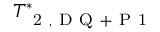
T _ { \mathrm { ~ 2 ~ , ~ D ~ Q ~ + ~ P ~ 1 ~ } } ^ { * }